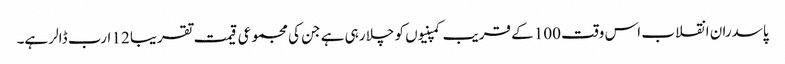
پاسدران انقلاب اس وقت 100 کے قریب کمپنیوں کو چلا رہی ہے جن کی مجموعی قیمت تقریبا 12 ارب ڈالر ہے۔